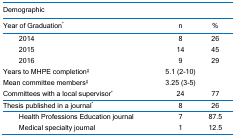
<table><thead><tr><td colspan="2"><b>Demographic</b></td><td><b> </b></td><td><b> </b></td></tr><tr><td colspan="2"><b>Year of Graduation<sup>*</sup></b></td><td><b>n</b></td><td><b>%</b></td></tr></thead><tbody><tr><td> </td><td>2014</td><td>8</td><td>26</td></tr><tr><td> </td><td>2015</td><td>14</td><td>45</td></tr><tr><td> </td><td>2016</td><td>9</td><td>29</td></tr><tr><td colspan="2">Years to MHPE completion<sup>‡</sup></td><td>5.1 (2-10)</td><td> </td></tr><tr><td colspan="2">Mean committee members<sup>‡</sup></td><td>3.25 (3-5)</td><td> </td></tr><tr><td colspan="2">Committees with a local supervisor<sup>*</sup></td><td>24</td><td>77</td></tr><tr><td colspan="2">Thesis published in a journal<sup>*</sup></td><td>8</td><td>26</td></tr><tr><td> </td><td>Health Professions Education journal</td><td>7</td><td>87.5</td></tr><tr><td> </td><td>Medical specialty journal</td><td>1</td><td>12.5</td></tr></tbody></table>